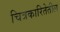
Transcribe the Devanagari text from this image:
चित्रकारितेतील